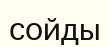
сойды